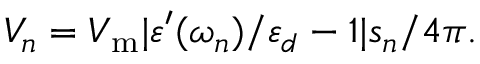
V _ { n } = V _ { \mathrm { m } } | \varepsilon ^ { \prime } ( \omega _ { n } ) / \varepsilon _ { d } - 1 | s _ { n } / 4 \pi .